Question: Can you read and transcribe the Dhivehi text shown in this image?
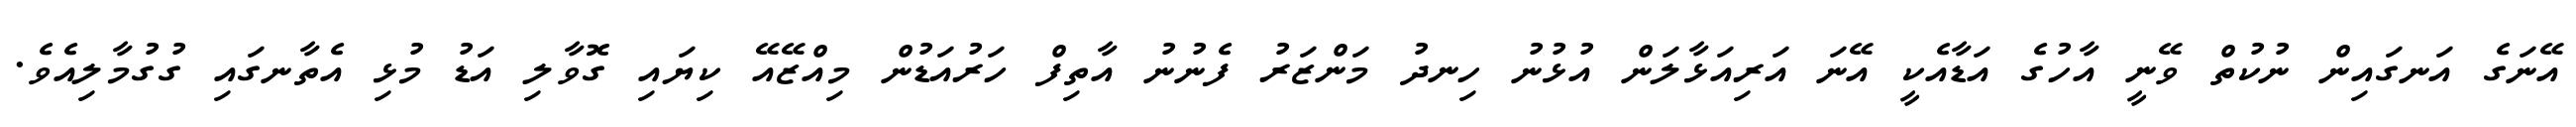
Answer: އޭނަގެ އަނގައިން ނުކުތް ވޭނީ އާހުގެ އަޑާއެކީ އޭނަ އަރިއަޅާލަން އުޅުނު ހިނދު މަންޒަރު ފެނުނު އާތިފް ހަރުއަޑުން މިއްޒޭއޭ ކިޔައި ގޮވާލި އަޑު މުޅި އެތާނގައި ގުގުމާލިއެވެ.